Plague in India, 1896, 1897 - Volume 3
Year: 1896
Disease focus: Plague
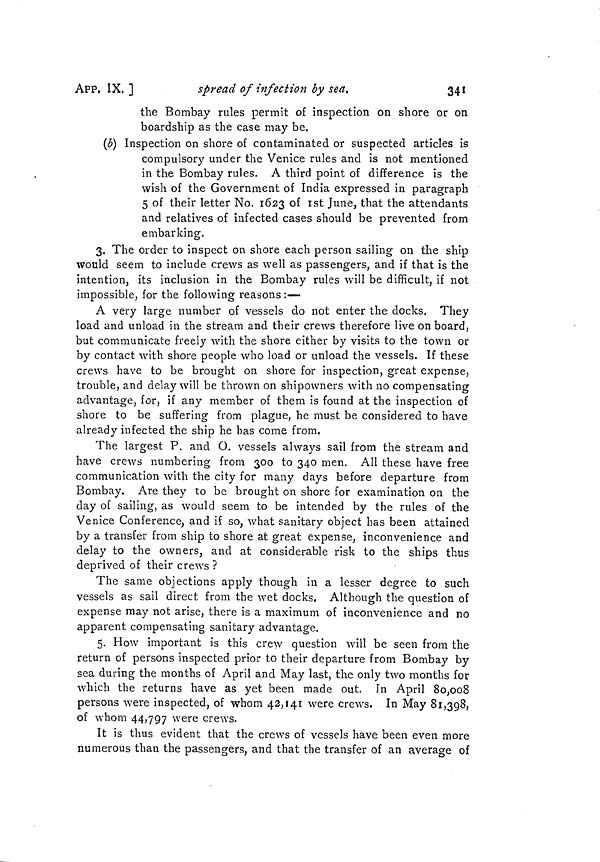
341
APP, IX. 1
spread of infection by sea.
the Bombay rules permit of inspection on shore or on
boardship as the case may be.
(b) Inspection on shore of contaminated or suspected articles is
compulsory under the Venice rules and is not mentioned
in the Bombay rules. A third point of difference is the
wish of the Government of India expressed in paragraph
5 of their letter No. 1623 of 1st June, that the attendants
and relatives of infected cases should be prevented from
embarking.
3. The order to inspect on shore each person sailing on the ship
would seem to include crews as well as passengers, and if that is the
intention, its inclusion in the Bombay rules will be difficult, if not
impossible, for the following reasons :—
A very large number of vessels do not enter the docks. They
load and unload in the stream and their crews therefore live on board,
but communicate freely with the shore either by visits to the town or
by contact with shore people who load or unload the vessels. If these
crews have to be brought on shore for inspection, great expense,
trouble, and delay will be thrown on shipowners with no compensating
advantage, for, if any member of them is found at the inspection of
shore to be suffering from plague, he must be considered to have
already infected the ship he has come from.
The largest P. and O. vessels always sail from the stream and
have crews numbering from 300 to 340 men. All these have free
communication with the city for many days before departure from
Bombay. Are they to be brought on shore for examination on the
day of sailing, as would seem to be intended by the rules of the
Venice Conference, and if so, what sanitary object has been attained
by a transfer from ship to shore at great expense, inconvenience and
delay to the owners, and at considerable risk to the ships thus
deprived of their crews ?
The same objections apply though in a lesser degree to such
vessels as sail direct from the wet docks, Although the question of
expense may not arise, there is a maximum of inconvenience and no
apparent compensating sanitary advantage.
5. How important is this crew question will be seen from the
return of persons inspected prior to their departure from Bombay by
sea during the months of April and May last, the only two months for
which the returns have as yet been made out. In April 80,008
persons were inspected, of whom 42,141 were crews. In May 81,398,
of whom 44,797 were crews.
It is thus evident that the crews of vessels have been even more
numerous than the passengers, and that the transfer of an average of